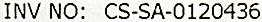
INV NO: CS-SA-0120436